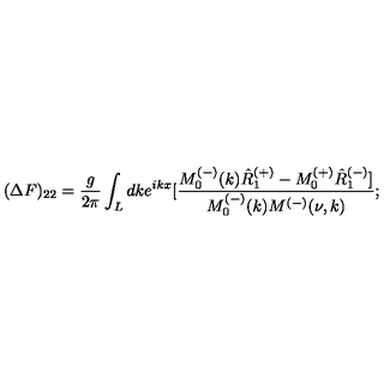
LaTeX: ( \Delta F ) _ { 2 2 } = \frac { g } { 2 \pi } \int _ { L } d k e ^ { i k x } [ \frac { M _ { 0 } ^ { ( - ) } ( k ) \hat { R } _ { 1 } ^ { ( + ) } - M _ { 0 } ^ { ( + ) } \hat { R } _ { 1 } ^ { ( - ) } ] } { M _ { 0 } ^ { ( - ) } ( k ) M ^ { ( - ) } ( \nu , k ) } ;